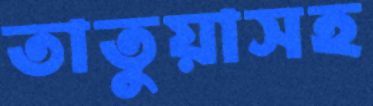
তাতুয়াসহ